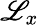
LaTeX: \mathscr{L}_{x}